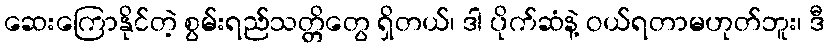
ဆေးကြောနိုင်တဲ့ စွမ်းရည်သတ္တိတွေ ရှိတယ်၊ ဒါ ပိုက်ဆံနဲ့ ဝယ်ရတာမဟုတ်ဘူး၊ ဒီ